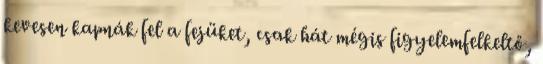
kevesen kapnák fel a fejüket, csak hát mégis figyelemfelkeltő,